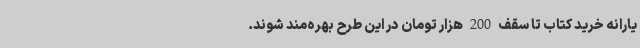
یارانه خرید کتاب تا سقف 200 هزار تومان در این طرح بهره‌مند شوند.